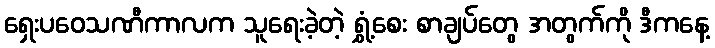
ရှေးပဝေသဏီကာလက သူရေးခဲ့တဲ့ ရွှံ့စေး စာချပ်တွေ အတွက်ကို ဒီကနေ့